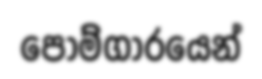
පොම්ගාරයෙන්